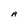
Character: A